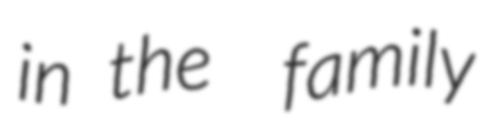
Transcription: in the  family